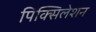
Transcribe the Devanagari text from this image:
पिक्सिलेशन